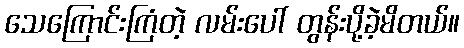
သေကြောင်းကြံတဲ့ လမ်းပေါ် တွန်းပို့ခဲ့မိတယ်။